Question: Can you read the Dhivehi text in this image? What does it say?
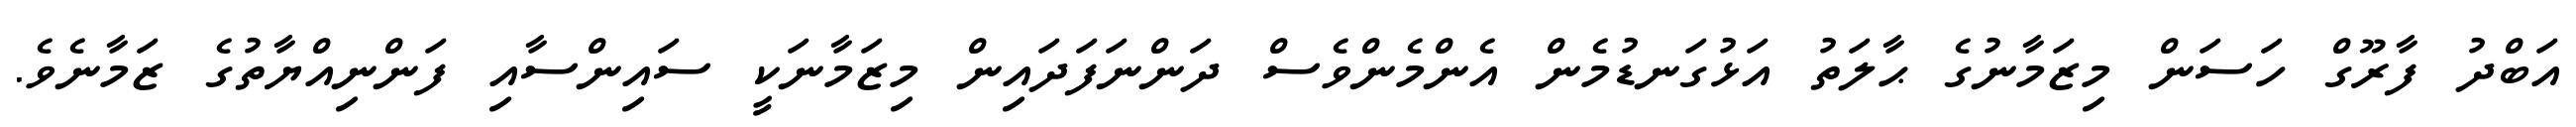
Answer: އަބްދު ފާރޫގް ހަސަން މިޒަމާނުގެ ޙާލަތު އަޅުގަނޑުމެން އެންމެންވެސް ދަންނަފަދައިން މިޒަމާނަކީ ސައިންސާއި ފަންނިއްޔާތުގެ ޒަމާނެވެ.